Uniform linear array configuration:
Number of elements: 8
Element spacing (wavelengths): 0.5
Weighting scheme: exponential
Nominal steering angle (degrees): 15
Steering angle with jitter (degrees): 13.226
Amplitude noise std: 0.05
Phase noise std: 0.05

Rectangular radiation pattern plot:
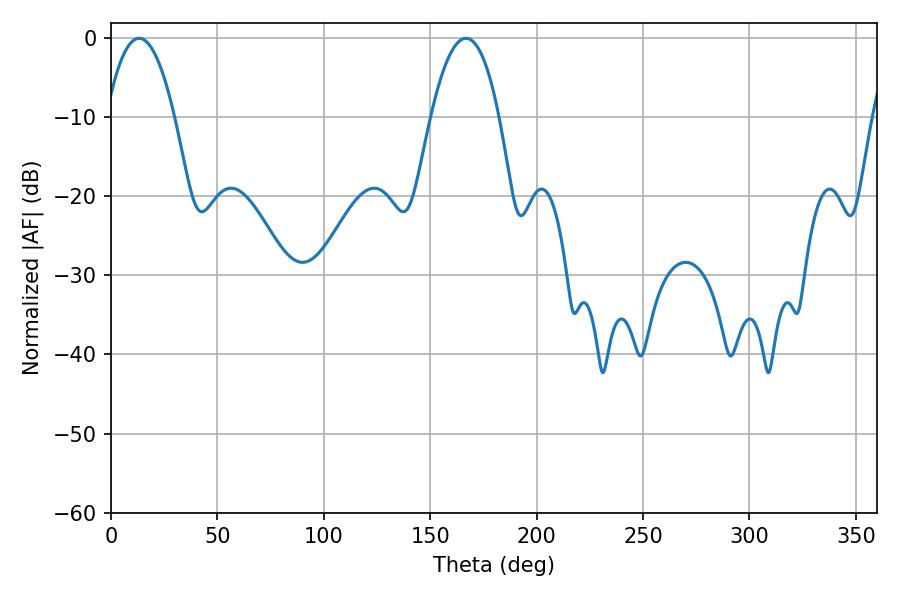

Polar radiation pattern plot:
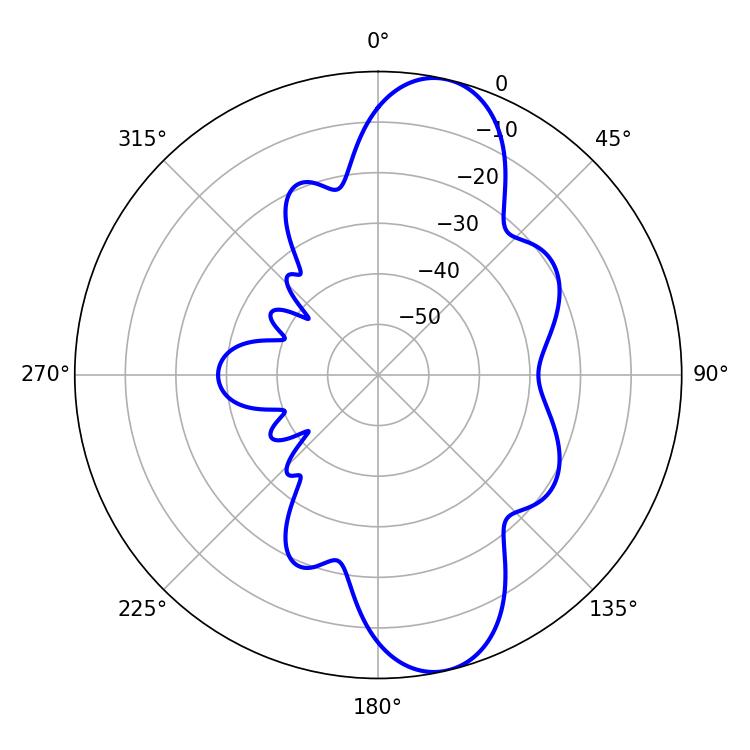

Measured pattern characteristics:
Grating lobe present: FALSE
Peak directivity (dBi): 10.934
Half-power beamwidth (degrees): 17.82
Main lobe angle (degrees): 13.14